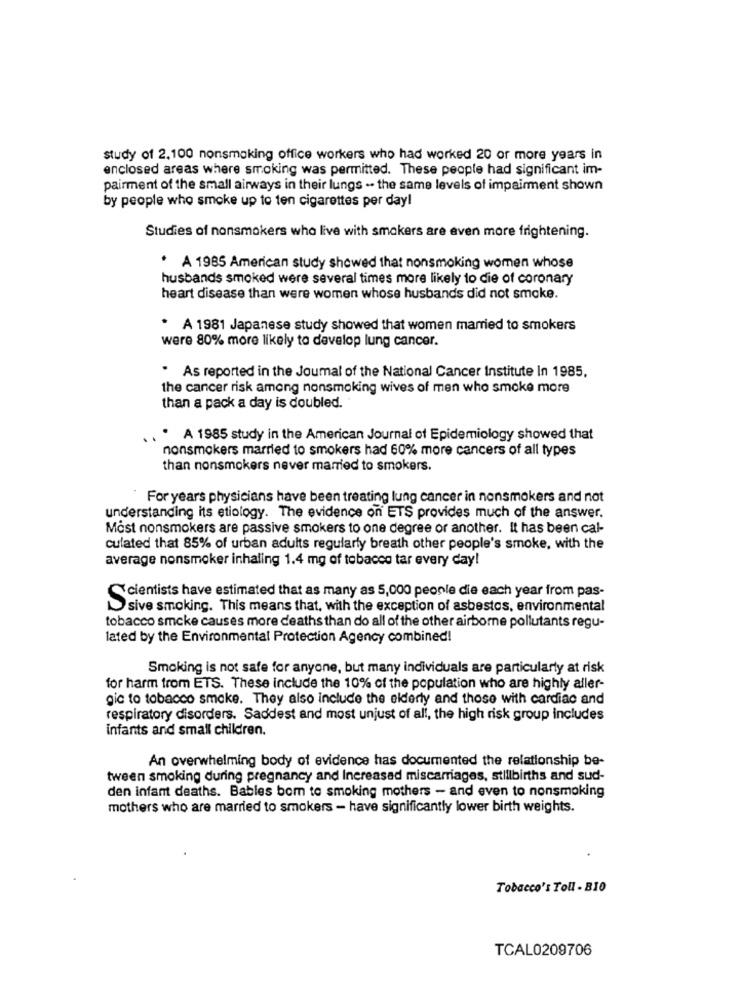
study of 2.100 nonsmoking office workers who had worked 20 or more years in
enclosed areas where smoking was permitted. These people had significant im-
pairment of the small airways in their lungs .. the same levels of impairment shown
by people who smoke up to ten cigarettes per day!
Studies of nonsmokers who live with smokers are even more frightening.
* A 1985 American study showed that nonsmoking women whose
husbands smoked were several times more likely to die of coronary
heart disease than were women whose husbands did not smoke.
* A 1981 Japanese study showed that women married to smokers
were 80% more likely to develop lung cancer.
As reported in the Journal of the National Cancer Institute In 1985.
the cancer risk among nonsmoking wives of men who smoke more
than a pack a day is doubled.
. A 1985 study in the American Journal of Epidemiology showed that
nonsmokers married to smokers had 60% more cancers of all types
than nonsmokers never married to smokers.
For years physicians have been treating lung cancer in nonsmokers and not
understanding its etiology. The evidence on ETS provides much of the answer.
Most nonsmokers are passive smokers to one degree or another. It has been cal-
culated that 85% of urban adults regularly breath other people's smoke, with the
average nonsmoker inhaling 1.4 mg of tobacco tar every day!
cientists have estimated that as many as 5,000 people die each year from pas-
sive smoking. This means that, with the exception of asbestos, environmental
tobacco smoke causes more deaths than do all of the other airborne pollutants regu-
lated by the Environmental Protection Agency combined!
Smoking is not safe for anyone, but many individuals are particularly at risk
for harm from ETS. These include the 10% of the population who are highly aller-
gic to tobacco smoke. They also include the elderly and those with cardiac and
respiratory disorders. Saddest and most unjust of all, the high risk group includes
infants and small children.
An overwhelming body of evidence has documented the relationship be-
tween smoking during pregnancy and Increased miscarriages, stillbirths and sud-
den infant deaths. Bables bom to smoking mothers - and even to nonsmoking
mothers who are married to smokers - have significantly lower birth weights.
Tobacco's Toll - BIO
TCAL0209706